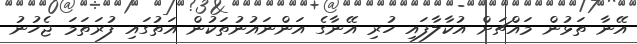
އޭނާ ތަޅުން މައްޗަށް އުކާލާފައި ހުރި އޭނާގެ އަންނައުނުތަކުން އަތުގައި ފުރަތަމަ ޖެހުނު